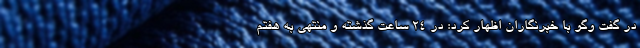
در گفت وگو با خبرنگاران اظهار کرد: در ۲۴ ساعت گذشته و منتهی به هفتم